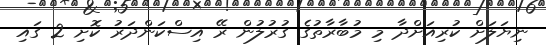
ނިޔަލަށް ކުރިއަށްދާ މި މުބާރާތުގެ ގުރުލުން ރޭ އިސްކަންދަރު ކޮށި 2 ގައި